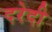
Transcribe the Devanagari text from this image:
दरेदी